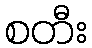
စတီး